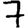
Digit: 7